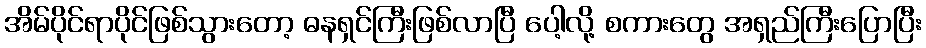
အိမ်ပိုင်ရာပိုင်ဖြစ်သွားတော့ ဓနရှင်ကြီးဖြစ်လာပြီ ပေါ့လို့ စကားတွေ အရှည်ကြီးပြောပြီး